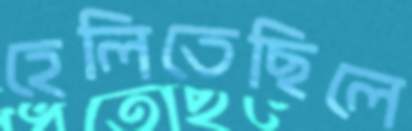
হেলিতেছিলে